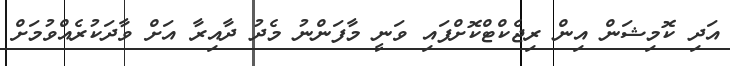
އަދި ކޮމިޝަން އިން ރިޖެކްޓްކޮށްފައި ވަނީ މާފަންނު މެދު ދާއިރާ އަށް ވާދަކުރެއްވުމަށް